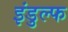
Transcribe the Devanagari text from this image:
इंडुल्फ